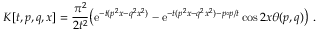
K [ t , p , q , x ] = \frac { \pi ^ { 2 } } { 2 t ^ { 2 } } \big ( \mathrm { e } ^ { - t ( p ^ { 2 } x - q ^ { 2 } x ^ { 2 } ) } - \mathrm { e } ^ { - t ( p ^ { 2 } x - q ^ { 2 } x ^ { 2 } ) - p \circ p / t } \cos 2 x \theta ( p , q ) \big ) ~ .